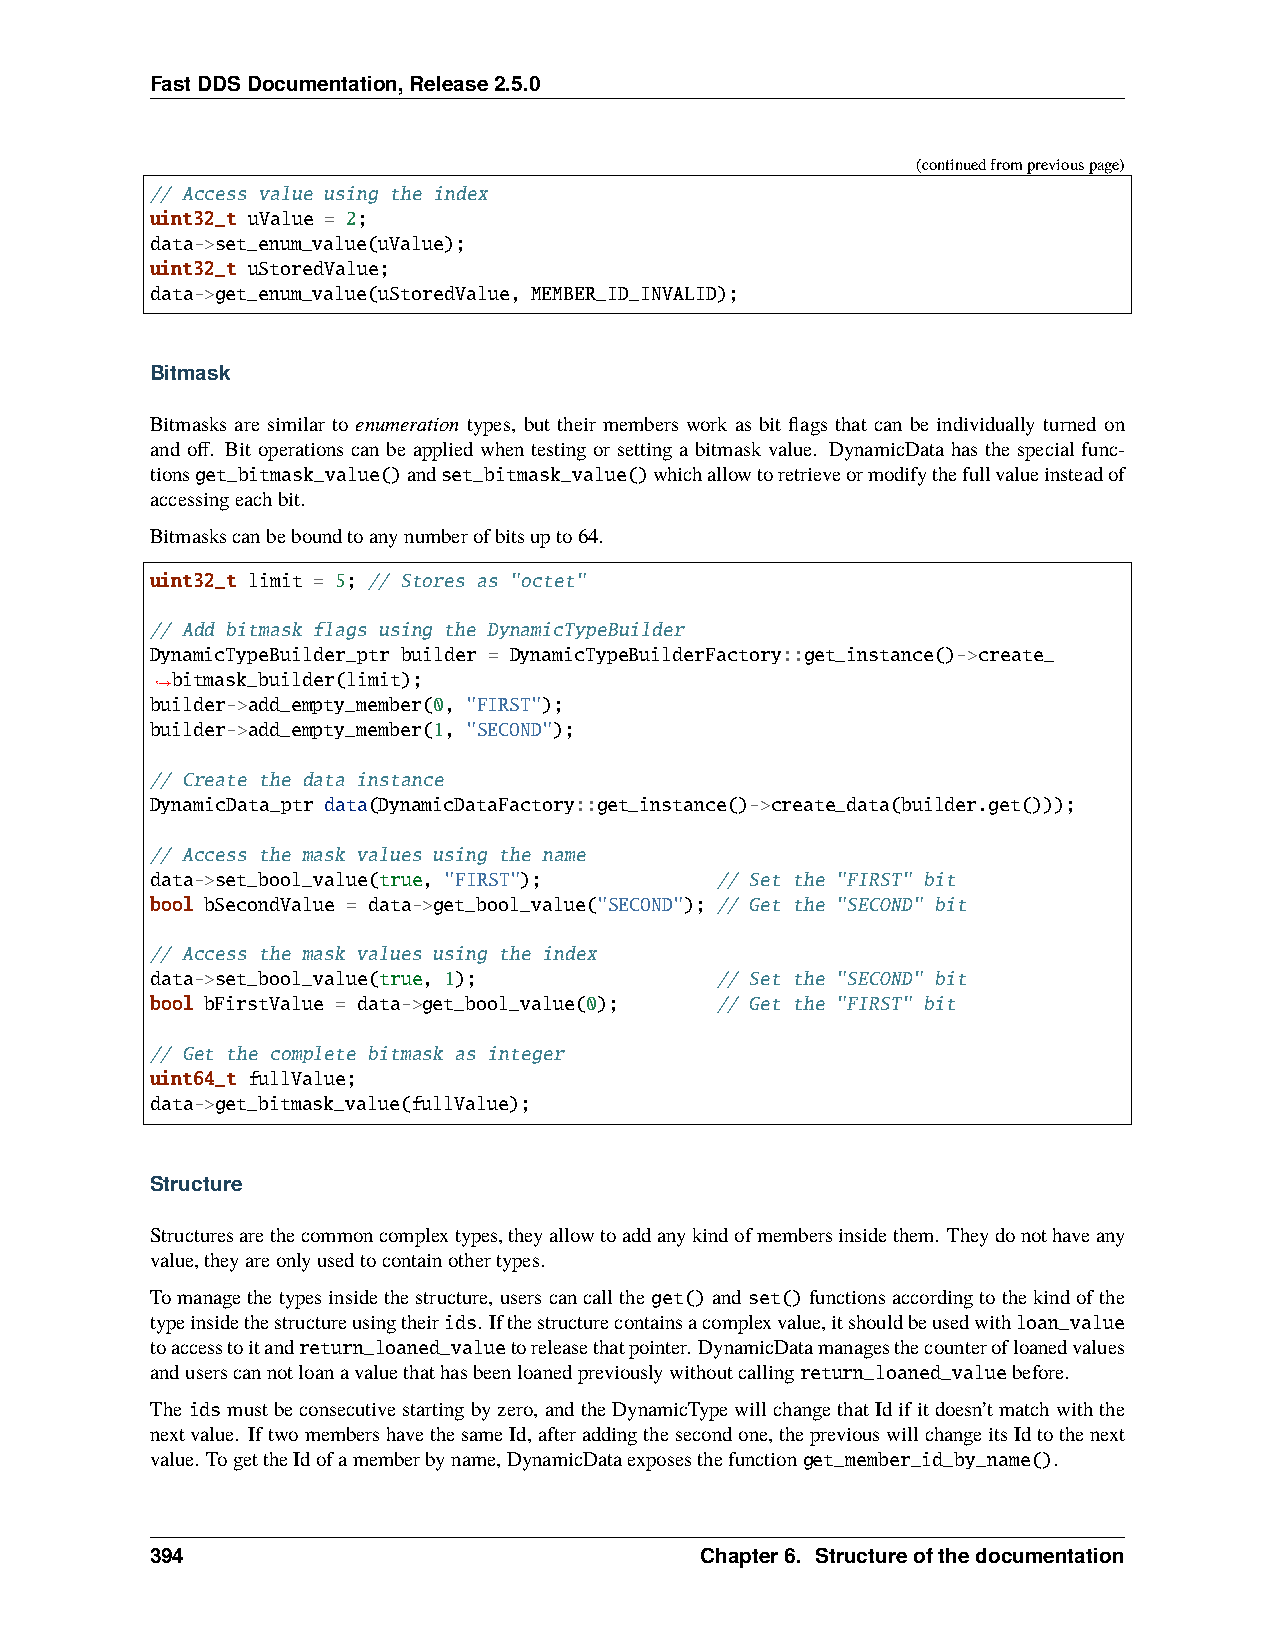
FastDDSDocumentation,Release2.5.0
 (continuedfrompreviouspage)
 // Access value using the index
 uint32_t uValue = 2;
 data->set_enum_value(uValue);
 uint32_t uStoredValue;
 data->get_enum_value(uStoredValue, MEMBER_ID_INVALID);
 Bitmask
 Bitmasks are similar to enumeration types, but their members work as bit flags that can be individually turned on
 and off. Bit operations can be applied when testing or setting a bitmask value. DynamicData has the special func-
 tionsget_bitmask_value()andset_bitmask_value()whichallowtoretrieveormodifythefullvalueinsteadof
 accessingeachbit.
 Bitmaskscanbeboundtoanynumberofbitsupto64.
 uint32_t limit = 5; // Stores as "octet"
 // Add bitmask flags using the DynamicTypeBuilder
 DynamicTypeBuilder_ptr builder = DynamicTypeBuilderFactory::get_instance()->create_
 bitmask_builder(limit);
 ˓→
 builder->add_empty_member(0, "FIRST");
 builder->add_empty_member(1, "SECOND");
 // Create the data instance
 DynamicData_ptr data(DynamicDataFactory::get_instance()->create_data(builder.get()));
 // Access the mask values using the name
 data->set_bool_value(true, "FIRST"); // Set the "FIRST" bit
 bool bSecondValue = data->get_bool_value("SECOND"); // Get the "SECOND" bit
 // Access the mask values using the index
 data->set_bool_value(true, 1);       // Set the "SECOND" bit
 bool bFirstValue = data->get_bool_value(0); // Get the "FIRST" bit
 // Get the complete bitmask as integer
 uint64_t fullValue;
 data->get_bitmask_value(fullValue);
 Structure
 Structuresarethecommoncomplextypes,theyallowtoaddanykindofmembersinsidethem. Theydonothaveany
 value,theyareonlyusedtocontainothertypes.
 Tomanagethetypesinsidethestructure, userscancalltheget()and set()functionsaccordingtothekindofthe
 typeinsidethestructureusingtheirids. Ifthestructurecontainsacomplexvalue,itshouldbeusedwithloan_value
 toaccesstoitandreturn_loaned_valuetoreleasethatpointer. DynamicDatamanagesthecounterofloanedvalues
 anduserscannotloanavaluethathasbeenloanedpreviouslywithoutcallingreturn_loaned_valuebefore.
 The idsmustbeconsecutivestartingbyzero, andtheDynamicTypewillchangethatIdifitdoesn’tmatchwiththe
 nextvalue. IftwomembershavethesameId,afteraddingthesecondone,thepreviouswillchangeitsIdtothenext
 value. TogettheIdofamemberbyname,DynamicDataexposesthefunctionget_member_id_by_name().
 394                                 Chapter6. Structureofthedocumentation